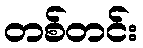
တစ်တင်း